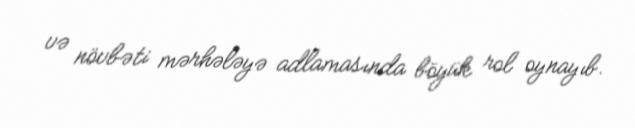
və növbəti mərhələyə adlamasında böyük rol oynayıb.